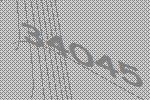
34045